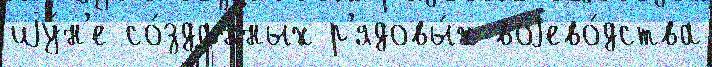
иjу́н'е со́зданных р'ядовы́х воjево́дства